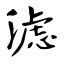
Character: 滤